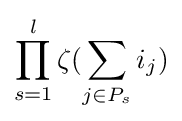
\prod _{s=1}^{l}\zeta (\sum _{j\in P_{s}}i_{j})